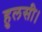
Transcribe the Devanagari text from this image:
हुलसी।